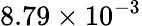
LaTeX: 8.79\times 10^{-3}